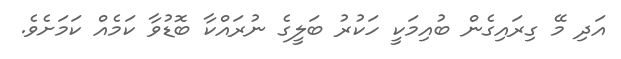
އަދި މޭ ގިރައިގެން ބުއިމަކީ ހަކުރު ބަލީގެ ނުރައްކާ ބޮޑުވާ ކަމެއް ކަމަށެވެ.